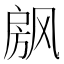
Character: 𰒴